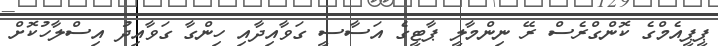
ޕީޕީއެމްގެ ކޮންގްރެސް ރޭ ނިންމާލީ ޕާޓީގެ އަސާސީ ގަވާއިދާއި ހިންގާ ގަވާއިދު އިސްލާހުކޮށް